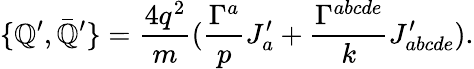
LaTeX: \{ \mathbb{Q}^{\prime},\bar{{\mathbb{Q}}}^{\prime}\} =\frac{{4q^{2}}}{{m}}(\frac{{\Gamma^{a}}}{{p}}J_{a}^{\prime}+\frac{{\Gamma^{abcde}}}{{k}}J_{abcde}^{\prime}).